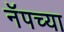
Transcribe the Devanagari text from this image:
नॅपच्या